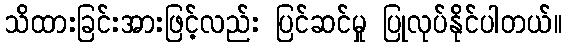
သိထားခြင်းအားဖြင့်လည်း ပြင်ဆင်မှု ပြုလုပ်နိုင်ပါတယ်။